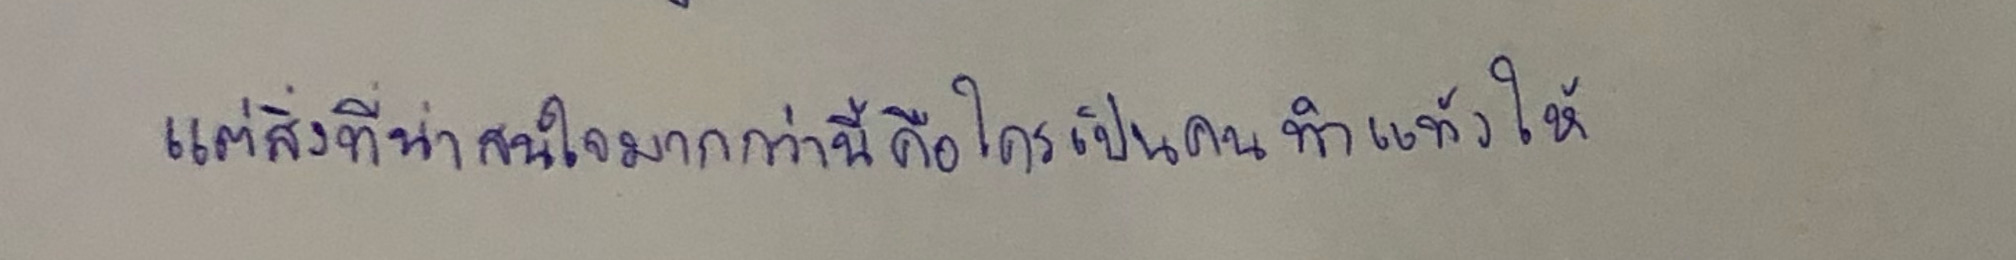
แต่สิ่งที่น่าสนใจมากไปกว่านี้คือใครเป็นคนทำแท้งให้